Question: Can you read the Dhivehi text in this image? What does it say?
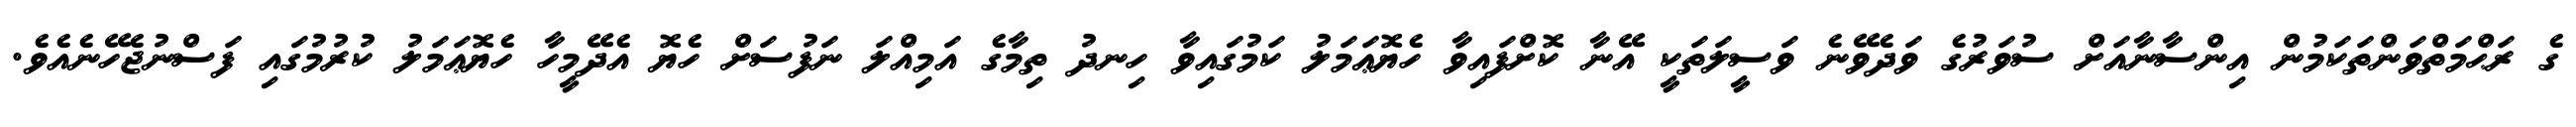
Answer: ގެ ރަޙްމަތްވަންތަކަމުން އިންސާނާއަށް ސުވަރުގެ ވަދެވޭނެ ވަސީލަތަކީ އޭނާ ކޮށްފައިވާ ހެޔޮޢަމަލު ކަމުގައިވާ ހިނދު ތިމާގެ އަމިއްލަ ނަފުސަށް ހެޔޮ އެދޭމީހާ ހެޔޮޢަމަލު ކުރުމުގައި ފަސްނުޖެހޭނެއެވެ.